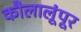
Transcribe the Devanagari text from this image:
कौलालूंपूर